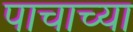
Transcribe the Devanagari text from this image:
पाचाच्या